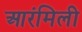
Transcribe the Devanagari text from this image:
आरंमिली